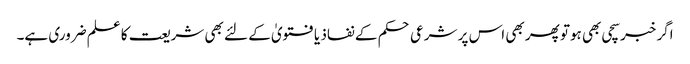
اگر خبر سچی بھی ہوتو پھر بھی اس پر شرعی حکم کے نفاذ یا فتویٰ کے لئے بھی شریعت کا علم ضروری ہے۔